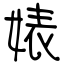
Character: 婊